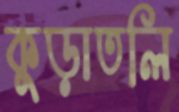
কুড়াতলি